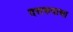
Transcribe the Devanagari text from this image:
दत्तरुपाचा